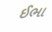
ઈભા